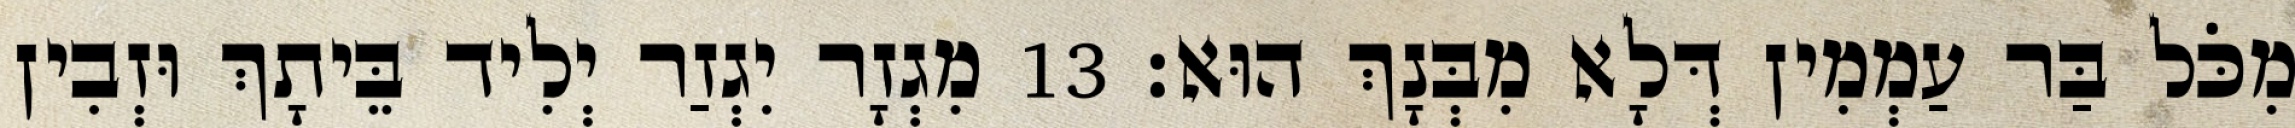
מִכֹּל בַּר עַמְמִין דְּלָא מִבְּנָךְ הוּא׃ 13 מִגְזָר יִגְזַר יְלִיד בֵּיתָךְ וּזְבִין